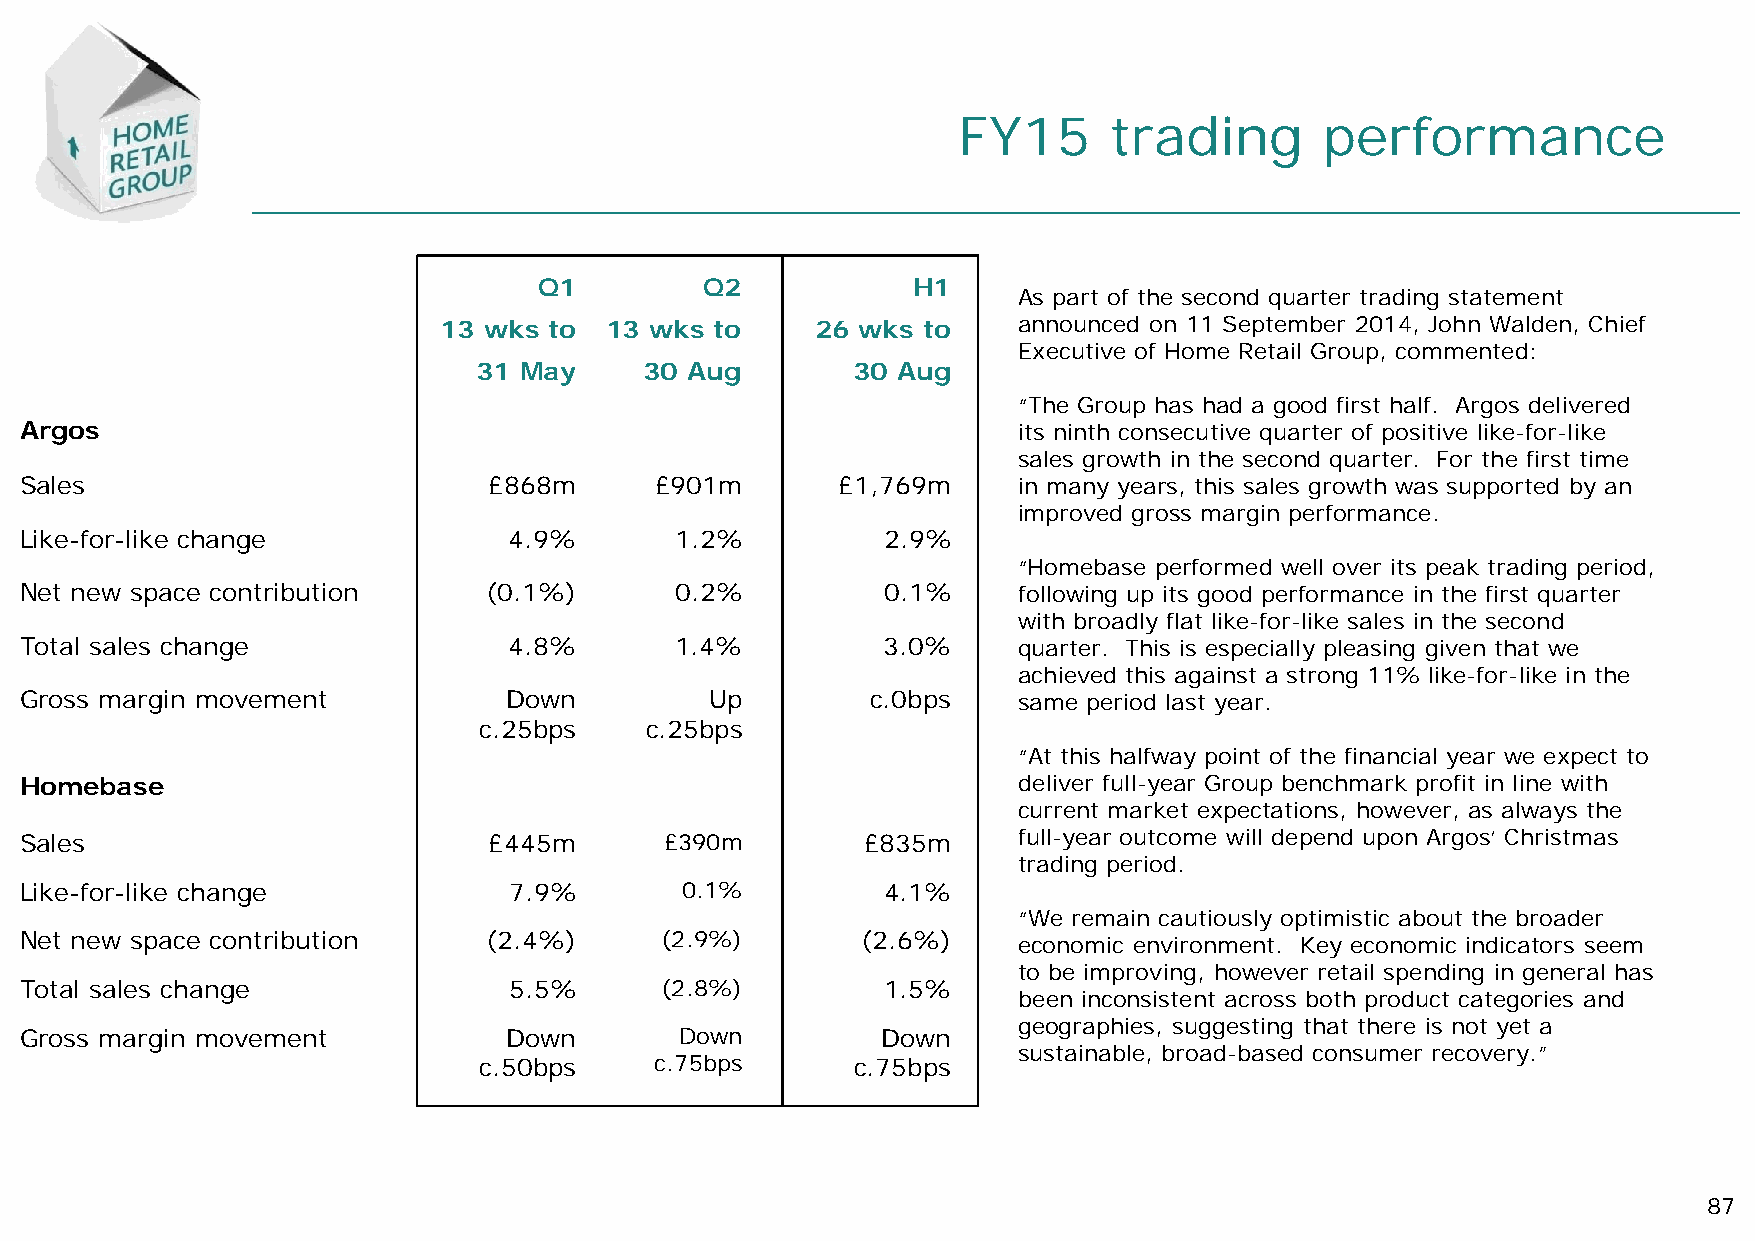
FY15      trading        performance
 Q1         Q2           H1
 As part of the second quarter trading statement
 13 wks to  13 wks to     26 wks to    announced on 11 September 2014, John Walden, Chief
 Executive of Home Retail Group, commented:
 31 May     30 Aug       30 Aug
 “The Group has had a good first half. Argos delivered
 Argos                                                             its ninth consecutive quarter of positive like-for-like
 sales growth in the second quarter. For the first time
 Sales                          £868m      £901m        £1,769m    in many years, this sales growth was supported by an
 improved gross margin performance.
 Like-for-like change             4.9%       1.2%          2.9%
 “Homebase performed well over its peak trading period,
 Net new space contribution     (0.1%)       0.2%          0.1%    following up its good performance in the first quarter
 with broadly flat like-for-like sales in the second
 Total sales change               4.8%       1.4%         3.0%     quarter. This is especially pleasing given that we
 achieved this against a strong 11% like-for-like in the
 Gross margin movement            Down         Up         c.0bps   same period last year.
 c.25bps    c.25bps
 “At this halfway point of the financial year we expect to
 Homebase                                                          deliver full-year Group benchmark profit in line with
 current market expectations, however, as always the
 Sales                          £445m       £390m        £835m     full-year outcome will depend upon Argos’ Christmas
 trading period.
 Like-for-like change             7.9%       0.1%         4.1%
 “We remain cautiously optimistic about the broader
 Net new space contribution     (2.4%)      (2.9%)       (2.6%)    economic environment. Key economic indicators seem
 to be improving, however retail spending in general has
 Total sales change               5.5%      (2.8%)        1.5%
 been inconsistent across both product categories and
 geographies, suggesting that there is not yet a
 Gross margin movement            Down       Down         Down
 sustainable, broad-based consumer recovery.”
 c.50bps    c.75bps       c.75bps
 87